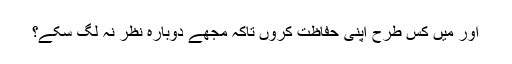
اور میں کس طرح اپنی حفاظت کروں تاکہ مجھے دوبارہ نظر نہ لگ سکے؟